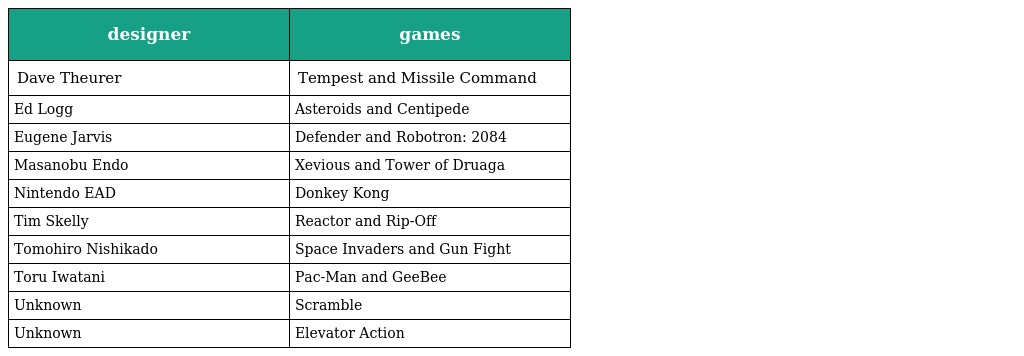
| designer | games |
 | --- | --- |
 | Dave Theurer | Tempest and Missile Command |
 | Ed Logg | Asteroids and Centipede |
 | Eugene Jarvis | Defender and Robotron: 2084 |
 | Masanobu Endo | Xevious and Tower of Druaga |
 | Nintendo EAD | Donkey Kong |
 | Tim Skelly | Reactor and Rip-Off |
 | Tomohiro Nishikado | Space Invaders and Gun Fight |
 | Toru Iwatani | Pac-Man and GeeBee |
 | Unknown | Scramble |
 | Unknown | Elevator Action |